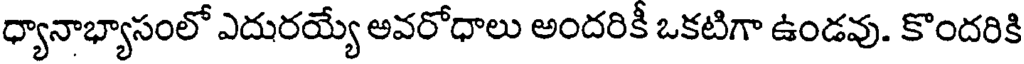
ధ్యానాభ్యాసంలో ఎదురయ్యే అవరోధాలు అందరికీ ఒకటిగా ఉండవు. కొందరికి